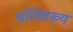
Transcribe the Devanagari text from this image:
प्रातिशख्य